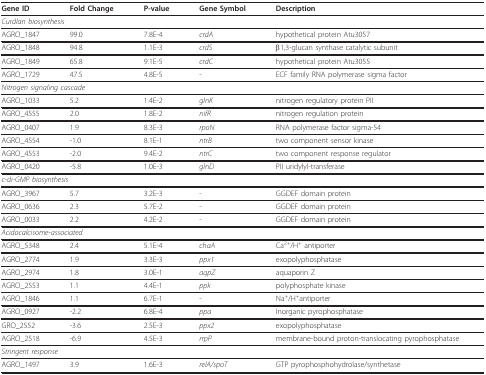
| Gene ID | Fold Change | P-value | Gene Symbol | Description |
 | --- | --- | --- | --- | --- |
 | <COLSPAN=5> Curdlan biosynthesis |
 | AGRO_1847 | 99.0 | 7.8E-4 | crdA | hypothetical protein Atu3057 |
 | AGRO_1848 | 94.8 | 1.1E-3 | crdS | β1,3-glucan synthase catalytic subunit |
 | AGRO_1849 | 65.8 | 9.1E-5 | crdC | hypothetical protein Atu3055 |
 | AGRO_1729 | 47.5 | 4.8E-5 | - | ECF family RNA polymerase sigma factor |
 | <COLSPAN=5> Nitrogen signaling cascade |
 | AGRO_1033 | 5.2 | 1.4E-2 | glnK | nitrogen regulatory protein PII |
 | AGRO_4555 | 2.0 | 1.8E-2 | nifR | nitrogen regulation protein |
 | AGRO_0407 | 1.9 | 8.3E-3 | rpoN | RNA polymerase factor sigma-54 |
 | AGRO_4554 | -1.0 | 8.1E-1 | ntrB | two component sensor kinase |
 | AGRO_4553 | -2.0 | 9.4E-2 | ntrC | two component response regulator |
 | AGRO_0420 | -5.8 | 1.0E-3 | glnD | PII uridylyl-transferase |
 | <COLSPAN=5> c-di-GMP biosynthesis |
 | AGRO_3967 | 5.7 | 3.2E-3 | - | GGDEF domain protein |
 | AGRO_0636 | 2.3 | 5.7E-2 | - | GGDEF domain protein |
 | AGRO_0033 | 2.2 | 4.2E-2 | - | GGDEF domain protein |
 | <COLSPAN=5> Acidocalcisome-associated |
 | AGRO_5348 | 2.4 | 5.1E-4 | chaA | Ca2+/H+ antiporter |
 | AGRO_2774 | 1.9 | 3.3E-3 | ppx1 | exopolyphosphatase |
 | AGRO_2974 | 1.8 | 3.0E-1 | aqpZ | aquaporin Z |
 | AGRO_2553 | 1.1 | 4.4E-1 | ppk | polyphosphate kinase |
 | AGRO_1846 | 1.1 | 6.7E-1 | - | Na+/H+antiporter |
 | AGRO_0927 | -2.2 | 6.8E-4 | ppa | Inorganic pyrophosphatase |
 | GRO_2552 | -3.6 | 2.5E-3 | ppx2 | exopolyphosphatase |
 | AGRO_2518 | -6.9 | 4.5E-3 | rrpP | membrane-bound proton-translocating pyrophosphatase |
 | <COLSPAN=5> Stringent response |
 | AGRO_1497 | 3.9 | 1.6E-3 | relA/spoT | GTP pyrophosphohydrolase/synthetase |